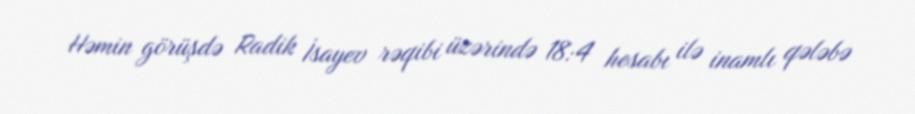
Həmin görüşdə Radik İsayev rəqibi üzərində 18:4 hesabı ilə inamlı qələbə